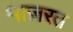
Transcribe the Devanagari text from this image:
माज़रत